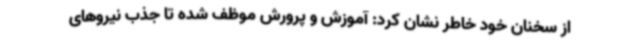
از سخنان خود خاطر نشان کرد: آموزش و پرورش موظف شده تا جذب نیروهای